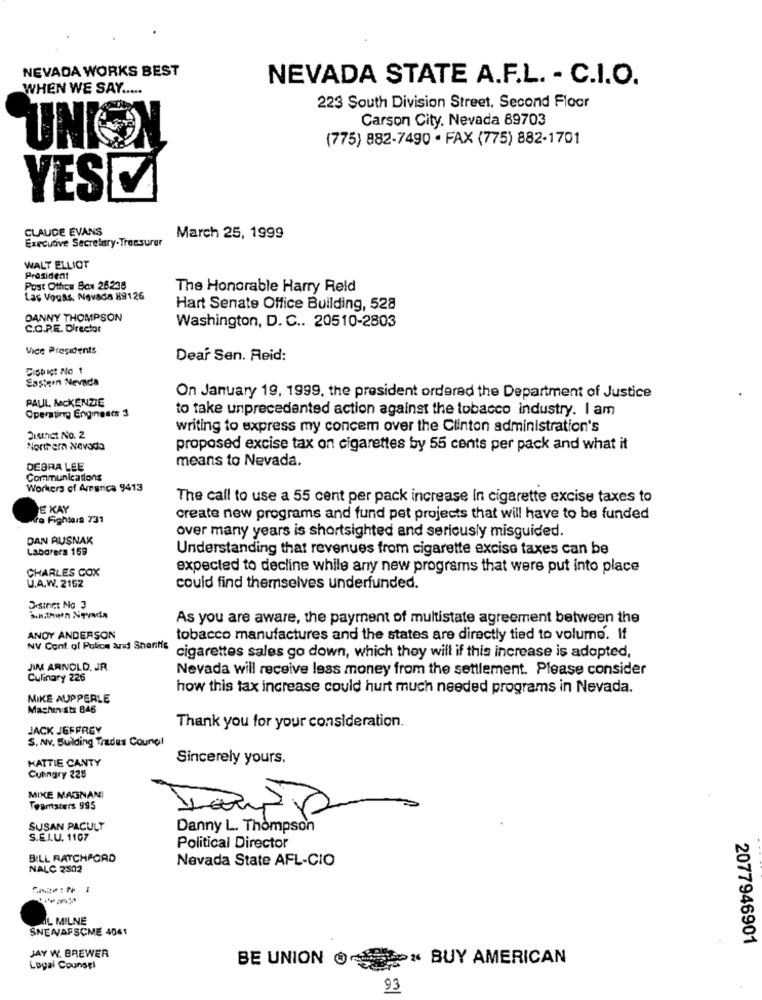
NEVADA WORKS BEST
NEVADA STATE A.F.L. - C.I.O.
WHEN WE SAY .....
223 South Division Street, Second Floor
Carson City. Nevada 89703
UNG
(775) 882-7490 · FAX (775) 882-1701
YESCA
CLAUDE EVANS
Executive Secretary-Treasurer
March 25, 1999
WALT ELLIOT
President
Post Othou Box 26238
The Honorable Harry Reid
Las Vouss, Nevada 89126
Hart Senate Office Building, 528
DANNY THOMPSON
Washington, D. C .. 20510-2803
C.O.R.E. Director
Vice Presidents
Dear Sen. Reid:
Dist ict No 1
Eastern Nevada
PAUL MCKENZIE
On January 19, 1999, the president ordered the Department of Justice
Operating Engineers 3
to take unprecedented action against the tobacco industry. I am
writing to express my concem over the Clinton administration's
SISIACI NO. 2
Northern Nevada
proposed excise tax on cigarettes by 55 cents per pack and what it
DEBRA LEE
means to Nevada.
Communications
Workers of America 9413
The call to use a 55 cent per pack increase In cigarette excise taxes to
E XAY
ra Fighsara 731
create new programs and fund pet projects that will have to be funded
DAN AUSNAK
over many years is shortsighted and seriously misguided.
Laborers 169
Understanding that revenues from cigarette excise taxes can be
CHARLES COX
expected to decline while any new programs that were put into place
U.A.W. 2152
could find themselves underfunded.
Drsingt Na 3
Sindthen Nevada
As you are aware, the payment of multistate agreement between the
ANDY ANDERSON
tobacco manufactures and the states are directly tied to volume. If
NV Cont. of Police and Sheriffs
cigarettes sales go down, which they will if this increase is adopted,
JIM ARNOLD, JR.
Nevada will receive less money from the settlement. Please consider
Culinary 226
how this tax increase could hurt much needed programs in Nevada.
MIKE AUPPERLE
Machin ists 846
JACK JEFFREY
Thank you for your consideration.
S. Nv. Building Trades Council
HATTIE CANTY
Sincerely yours.
Cuengry 228
MIKE MAGNANI
Teamsters 995
SUSAN PACULY
Danny L. Thompson
S.E.I.U. 1107
Political Director
BILL RATCHFORD
Nevada State AFL-CIO
NALC 2502
IL MILNE
SNEWVAFSCME 4041
2077946901
JAY W. BREWER
BE UNION @<5 % BUY AMERICAN
Legal Counsel
93